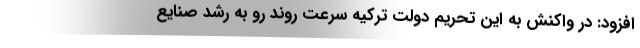
افزود: در واکنش به این تحریم دولت ترکیه سرعت روند رو به رشد صنایع